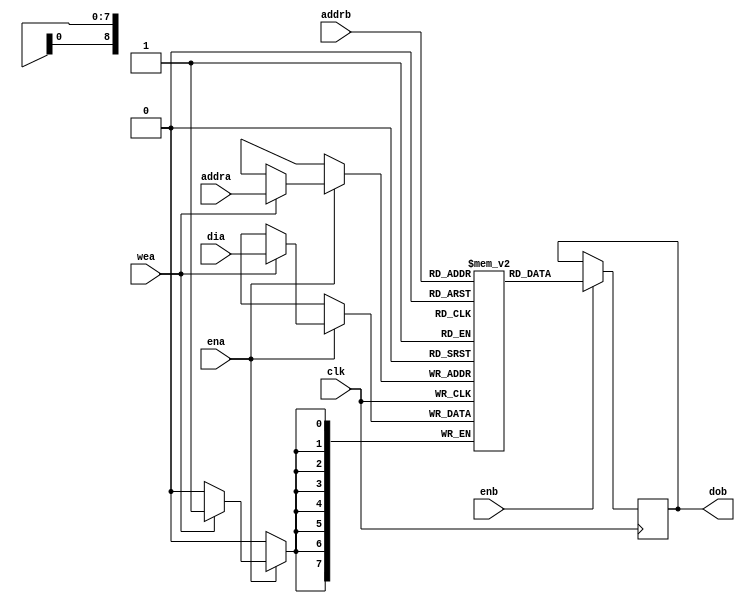
module dpram(

   clk   ,

   ena   ,  // portA: enable
   wea   ,  // portA: primary synchronous write enable
   addra ,  // portA: address for read/write

   enb   ,  // portB: enable
   addrb ,  // portB: address for read

   dia   ,  // portA: primary data input
   dob      // portB: primary data output

);

   parameter W_DATA = 8;
   parameter N_WORD = 512; 
   parameter W_WORD = $clog2(N_WORD);
   parameter FILENAME = "";
   parameter N_DELAY = 1;

   input clk;  // clock input

   input ena;                 // primary enable
   input wea;                 // primary synchronous write enable
   input [W_WORD-1:0] addra;  // address for read/write
   input enb;                 // read port enable
   input [W_WORD-1:0] addrb;  // address for read
   input [W_DATA-1:0] dia;    // primary data input
   output [W_DATA-1:0] dob;   // primary data output


   // share memory
	reg [W_DATA-1:0] ram[N_WORD-1:0];

   initial
   begin
      if (FILENAME != "") begin
         $display("### Loading internal memory from %s ###", FILENAME);
         $readmemh(FILENAME, ram);
      end
   end

   // write port	
   always @(posedge clk)
   begin: write
      if(ena)
      begin
         if(wea)
            ram[addra] <= dia;
      end
   end

   generate 
      if(N_DELAY == 1) begin: delay_1
         reg [W_DATA-1:0] rdata; // primary data output
         // read port
         always @(posedge clk)
         begin: read
            if(enb)
               rdata <= ram[addrb];
         end
         assign dob = rdata;
      end
      else begin: delay_n
         reg [N_DELAY*W_DATA-1:0] rdata_r;
         always @(posedge clk)
         begin: read
            if(enb)
               rdata_r[0+:W_DATA] <= ram[addrb];
         end

         always @(posedge clk) begin: delay
            integer i;
            for(i = 0; i < N_DELAY-1; i = i+1)
               if(enb)
                  rdata_r[(i+1)*W_DATA+:W_DATA] <= rdata_r[i*W_DATA+:W_DATA];
         end
         assign dob = rdata_r[(N_DELAY-1)*W_DATA+:W_DATA];
      end
   endgenerate
  
endmodule